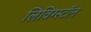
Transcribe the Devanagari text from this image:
लिविंग्स्टॉन